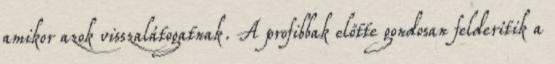
amikor azok visszalátogatnak. A profibbak előtte gondosan felderítik a